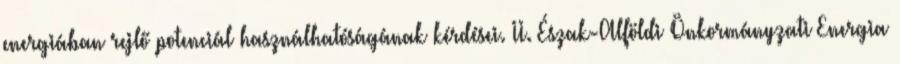
energiában rejlő potenciál használhatóságának kérdései. II. Észak-Alföldi Önkormányzati Energia